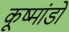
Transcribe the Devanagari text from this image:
कूष्मांडों